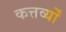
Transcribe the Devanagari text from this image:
कत्तर्व्यों